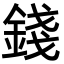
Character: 錢